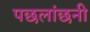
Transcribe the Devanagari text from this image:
पछलांछनी